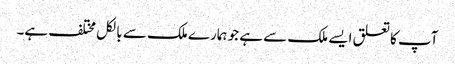
آپ کا تعلق ایسے ملک سے ہے جو ہمارے ملک سے بالکل مختلف ہے۔